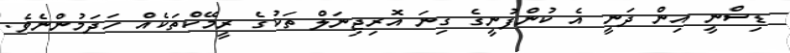
ޑިސްނީ އިން ދަނީ އެ ކުންފުނީގެ ގިނަ އޮރިޖިނަލް ތަކުގެ ރީމޭކްތަކެއް ހަދަމުންނެވެ.